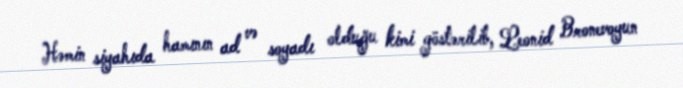
Həmin siyahıda hamının ad və soyadı olduğu kimi göstərilib, Leonid Bronevoyun